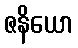
ဇနိယော